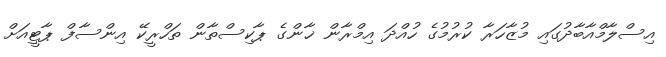
އިސްލާމްއާބާދުގައި މުޒާހަރާ ކުރުމުގެ ހުއްދަ އިމްރާން ޚާންގެ ޕާކިސްތާން ތަހްރީކޭ އިންސާފް ޕާޓީއަށް